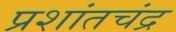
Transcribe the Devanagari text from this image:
प्रशांतचंद्र